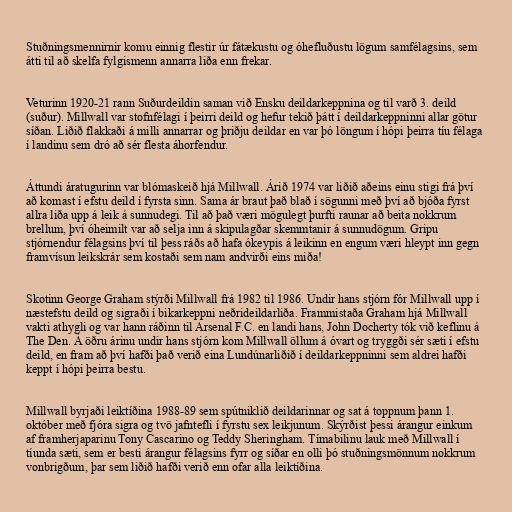
Stuðningsmennirnir komu einnig flestir úr fátækustu og óhefluðustu lögum samfélagsins, sem
átti til að skelfa fylgismenn annarra liða enn frekar.

Veturinn 1920-21 rann Suðurdeildin saman við Ensku deildarkeppnina og til varð 3. deild
(suður). Millwall var stofnfélagi í þeirri deild og hefur tekið þátt í deildarkeppninni allar götur
síðan. Liðið flakkaði á milli annarrar og þriðju deildar en var þó löngum í hópi þeirra tíu félaga
í landinu sem dró að sér flesta áhorfendur.

Áttundi áratugurinn var blómaskeið hjá Millwall. Árið 1974 var liðið aðeins einu stigi frá því
að komast í efstu deild í fyrsta sinn. Sama ár braut það blað í sögunni með því að bjóða fyrst
allra liða upp á leik á sunnudegi. Til að það væri mögulegt þurfti raunar að beita nokkrum
brellum, því óheimilt var að selja inn á skipulagðar skemmtanir á sunnudögum. Gripu
stjórnendur félagsins því til þess ráðs að hafa ókeypis á leikinn en engum væri hleypt inn gegn
framvísun leikskrár sem kostaði sem nam andvirði eins miða!

Skotinn George Graham stýrði Millwall frá 1982 til 1986. Undir hans stjórn fór Millwall upp í
næstefstu deild og sigraði í bikarkeppni neðrideildarliða. Frammistaða Graham hjá Millwall
vakti athygli og var hann ráðinn til Arsenal F.C. en landi hans, John Docherty tók við keflinu á
The Den. Á öðru árinu undir hans stjórn kom Millwall öllum á óvart og tryggði sér sæti í efstu
deild, en fram að því hafði það verið eina Lundúnarliðið í deildarkeppninni sem aldrei hafði
keppt í hópi þeirra bestu.

Millwall byrjaði leiktíðina 1988-89 sem spútniklið deildarinnar og sat á toppnum þann 1.
október með fjóra sigra og tvö jafntefli í fyrstu sex leikjunum. Skýrðist þessi árangur einkum
af framherjaparinu Tony Cascarino og Teddy Sheringham. Tímabilinu lauk með Millwall í
tíunda sæti, sem er besti árangur félagsins fyrr og síðar en olli þó stuðningsmönnum nokkrum
vonbrigðum, þar sem liðið hafði verið enn ofar alla leiktíðina.